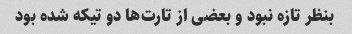
بنظر تازه نبود و بعضی از تارت‌ها دو تیکه شده بود